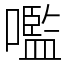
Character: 嚂